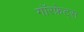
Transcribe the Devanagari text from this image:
गॉरफ्रेट्स